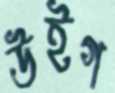
উইগ